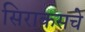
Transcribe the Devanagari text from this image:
सिराकसचे